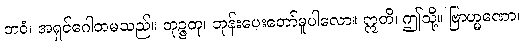
ဘဝံ၊ အရှင်ဂေါတမသည်။ ဘုဉ္ဇတု၊ ဘုန်းပေးတော်မူပါလော။ ဣတိ၊ ဤသို့။ ဗြာဟ္မဏော၊